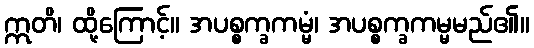
ဣတိ၊ ထို့ကြောင့်။ အပစ္စက္ခကမ္မံ၊ အပစ္စက္ခကမ္မမည်၏။